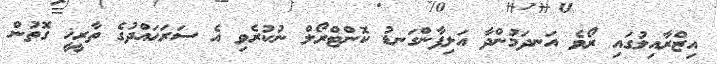
އިޒްރާއިލުގައި ރޯވެ އަނދަމުންދާ އަލިފާންގަނޑު ކޮންޓްރޯލް ނުކުރެވި އެ ސަރަޙައްދުގެ ތާރީޚީ ގޮތުން